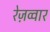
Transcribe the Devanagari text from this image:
रेज़व्वार